Scottish Leaving Certificate Examination, 1955
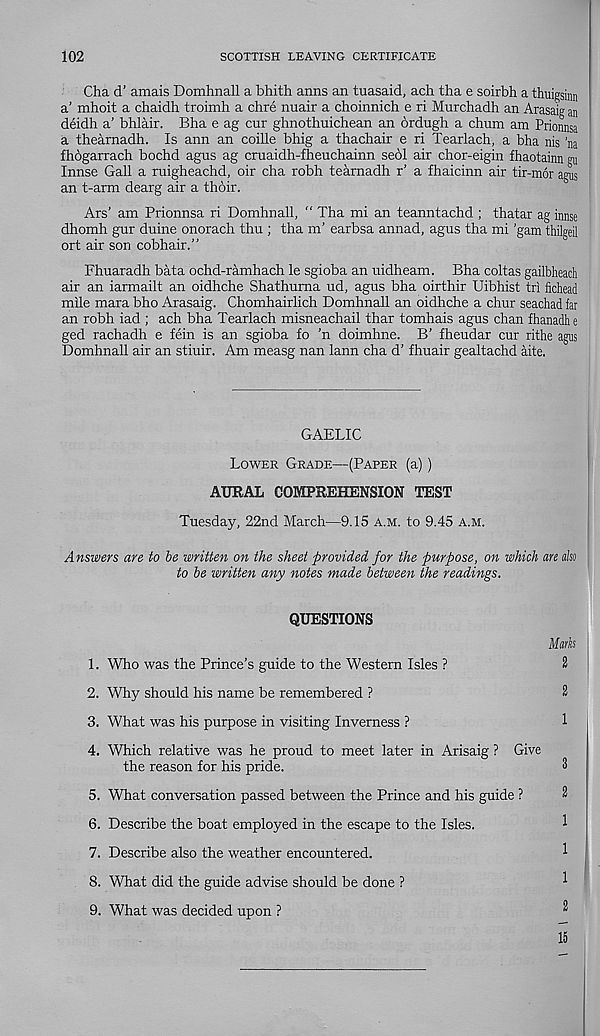
102
SCOTTISH LEAVING CERTIFICATE
Cha d’ amais Domhnall a bhith anns an tuasaid, ach tha e soirbh a thuigsinn
a’ mhoit a chaidh troimh a chre nuair a choinnich e ri Murchadh an Arasaig an
deidh a’ bhlair. Bha e ag cur ghnothuichean an ordugh a chum am Prionnsa
a thearnadh. Is ann an coille bhig a thachair e ri Tearlach, a bha nis ’na
fhogarrach bochd agus ag cruaidh-fheuchainn se61 air chor-eigin lhaotainn gn
Innse Gall a ruigheachd, oir cha robh tearnadh r’ a fhaicinn air tir-mor agus
an t-arm dearg air a thoir.
Ars’ am Prionnsa ri Domhnall, “ Tha mi an teanntachd ; thatar ag innse
dhomh gur duine onorach thu ; tha m’ earbsa annad, agus tha mi ’gam thilgeil
ort air son cobhair.”
Fhuaradh bata ochd-ramhach le sgioba an uidheam. Bha coltas gailbheach
air an iarmailt an oidhche Shathuma ud, agus bha oirthir Uibhist tri fichead
mile mara bho Arasaig. Chomhairlich Domhnall an oidhche a chur seachad far
an robh iad ; ach bha Tearlach misneachail thar tomhais agus chan fhanadhe
ged rachadh e fein is an sgioba fo 'n doimhne. B’ fheudar cur rithe agus
Domhnall air an stiuir. Am measg nan lann cha d’ fhuair gealtachd aite.
GAELIC
Lower Grade—(Paper (a) )
AURAL COMPREHENSION TEST
Tuesday, 22nd March—9.15 a.m. to 9.45 A.M.
Answers are to be written on the sheet provided for the purpose, on which an also
to be written any notes made between the readings.
QUESTIONS
Marks
1. Who was the Prince’s guide to the Western Isles ?
2
2. Why should his name be remembered ?
2
3. What was his purpose in visiting Inverness ?
1
4. Which relative was he proud to meet later in Arisaig ? Give
the reason for his pride.
2
5. What conversation passed between the Prince and his guide ?
6. Describe the boat employed in the escape to the Isles.
^
7. Describe also the weather encountered.
1
8. What did the guide advise should be done ?
1
9. What was decided upon ?
2
15